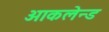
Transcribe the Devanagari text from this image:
आकलेन्ड